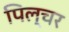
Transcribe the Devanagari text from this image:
पिल्चर